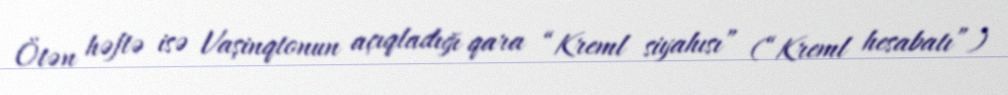
Ötən həftə isə Vaşinqtonun açıqladığı qara “Kreml siyahısı” (“Kreml hesabatı”)